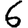
Digit: 6